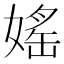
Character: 媱